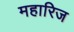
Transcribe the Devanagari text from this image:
महारिज